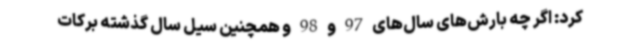
کرد: اگر چه بارش‌های سال‌های 97 و 98 و همچنین سیل سال گذشته برکات